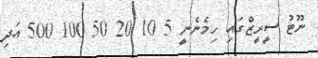
ނޫޓު ސީރީޒްގައި ހިމެނެނީ 5 10 20 50 100 500 އަދި